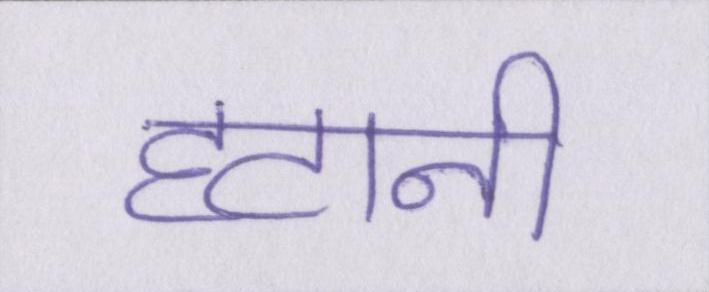
हटानी